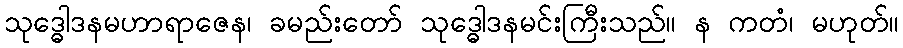
သုဒ္ဓေါဒနမဟာရာဇေန၊ ခမည်းတော် သုဒ္ဓေါဒနမင်းကြီးသည်။ န ကတံ၊ မဟုတ်။